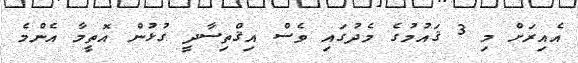
އެއިރަށް މި 3 ޤައުމުގެ މެދުގައި ވެސް އިޤްތިސާދީ ގުޅުން އޮތީމާ އެންމެ